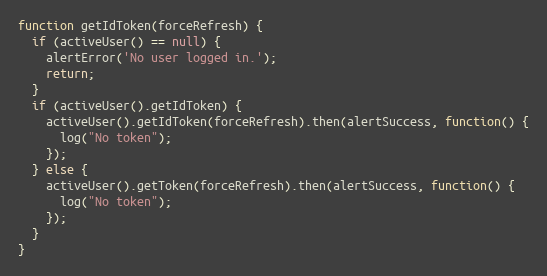
Language: JavaScript
function getIdToken(forceRefresh) {
  if (activeUser() == null) {
    alertError('No user logged in.');
    return;
  }
  if (activeUser().getIdToken) {
    activeUser().getIdToken(forceRefresh).then(alertSuccess, function() {
      log("No token");
    });
  } else {
    activeUser().getToken(forceRefresh).then(alertSuccess, function() {
      log("No token");
    });
  }
}